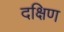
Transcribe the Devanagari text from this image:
दक्षिण्‍ा